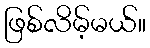
ဖြစ်လိမ့်မယ်။